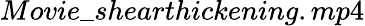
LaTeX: Movie\_ shearthickening.mp4